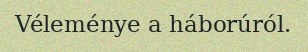
Véleménye a háborúról.